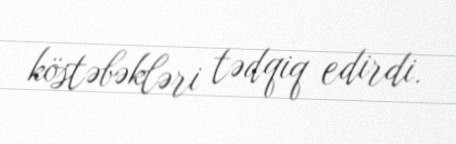
köstəbəkləri tədqiq edirdi.